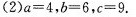
(2)$$a = 4$$，$$b = 6$$，$$c = 9$$.